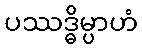
ပဿဒ္ဓိမ္ပာဟံ